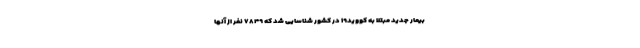
بیمار جدید مبتلا به کووید۱۹ در کشور شناسایی شد که ۷۸۴۹ نفر از آنها